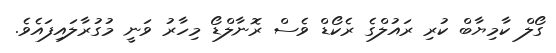
ގޯލް ކާމިޔާބް ކުރި ރައުލްގެ ރެކޯޑް ވެސް ރޮނާލްޑޯ މިހާރު ވަނީ މުގުރާލައިފައެވެ.